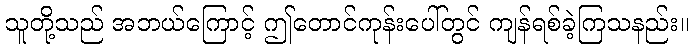
သူတို့သည် အဘယ်ကြောင့် ဤတောင်ကုန်းပေါ်တွင် ကျန်ရစ်ခဲ့ကြသနည်း။